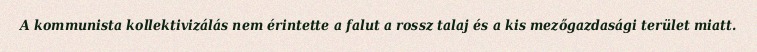
A kommunista kollektivizálás nem érintette a falut a rossz talaj és a kis mezőgazdasági terület miatt.